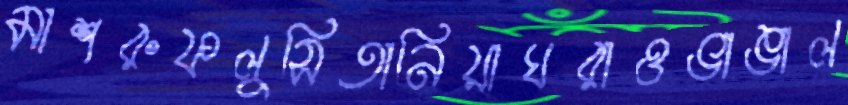
মাশরুফলুসিতানিয়াঘরাওভাঙাল